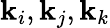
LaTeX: \mathbf{k}_{i},\mathbf{k}_{j},\mathbf{k}_{k}